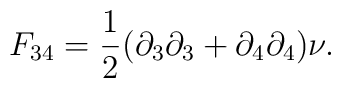
F_{34} = {1 \over  2} (\partial_{3}\partial_{3}+\partial_{4} \partial_{4})\nu.